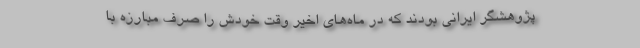
پژوهشگر ایرانی بودند که در ماه‌های اخیر وقت خودش را صرف مبارزه با